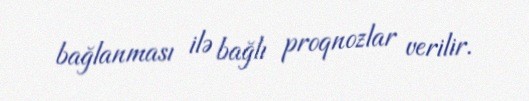
bağlanması ilə bağlı proqnozlar verilir.